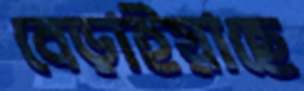
বেড়াইয়াছে